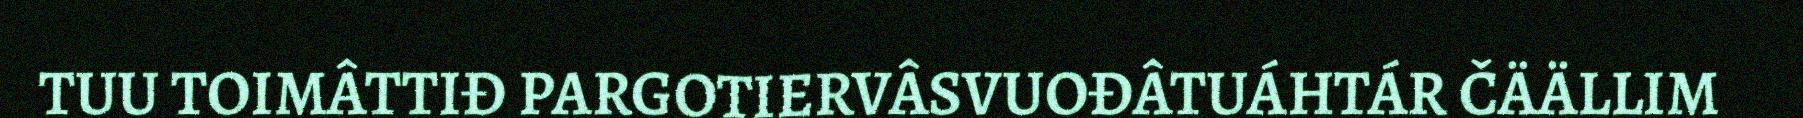
TUU TOIMÂTTIĐ PARGOTIERVÂSVUOĐÂTUÁHTÁR ČÄÄLLIM